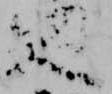
廻